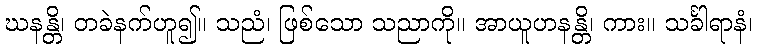
ဃနန္တိ၊ တခဲနက်ဟူ၍။ သညံ၊ ဖြစ်သော သညာကို။ အာယူဟနန္တိ၊ ကား။ သင်္ခါရာနံ၊